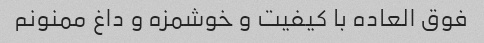
فوق العاده با کیفیت و خوشمزه و داغ ممنونم